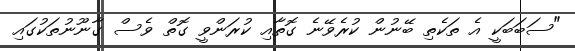
"ސަބަބަކީ އެ ތަކެތި ބޭނުން ކުރެވޭނެ ގޮތާއި ކުރަންވީ ގޮތް ވެސް ގާނޫނުތަކުގައި